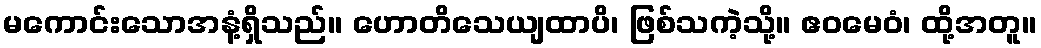
မကောင်းသောအနံ့ရှိသည်။ ဟောတိသေယျထာပိ၊ ဖြစ်သကဲ့သို့။ ဧဝမေဝံ၊ ထို့အတူ။